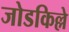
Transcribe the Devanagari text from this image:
जोडकिल्ले